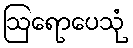
ဩရောပေသုံ